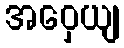
အဝှေယျ